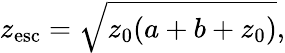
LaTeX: z_{\textrm{esc}}=\sqrt{z_{0}(a+b+z_{0})},